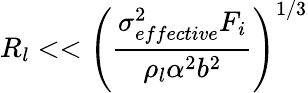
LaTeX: R_{l}<<\left(\frac{\sigma_{effective}^{2}F_{i}}{\rho_{l}\alpha^{2}b^{2}}\right)^{1/3}